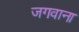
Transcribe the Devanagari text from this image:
जगवाना